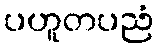
ပဟူတပညံ